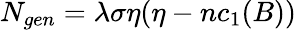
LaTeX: N_{gen}=\lambda\sigma\eta(\eta-nc_{1}(B))